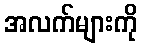
အလက်များကို